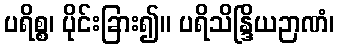
ပရိစ္စ၊ ပိုင်းခြား၍။ ပရိသိန္ဒြိယဉာဏံ၊